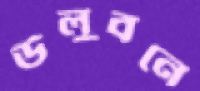
উলুবনে